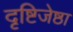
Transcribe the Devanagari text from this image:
दृष्टिजेष्ठा